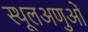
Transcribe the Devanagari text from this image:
स्थूलअणुओं